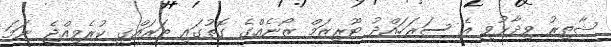
ޝާތިރު ވިދާޅުވީ އެ ސަރަހައްދު ޓޫރިޒަމް ޒޯނެއްގެ ގޮތުގައި ތަރައްގީ ކުރެވިއްޖެ ނަމަ